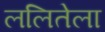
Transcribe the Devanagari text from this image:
ललितेला